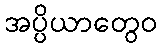
အပ္ပိယာတွေဝ